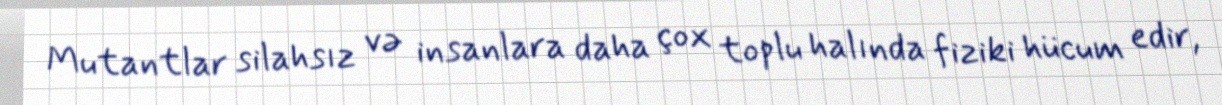
Mutantlar silahsız və insanlara daha çox toplu halında fiziki hücum edir,